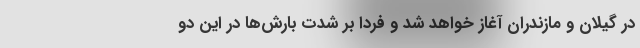
در گیلان و مازندران آغاز خواهد شد و فردا بر شدت بارش‌ها در این دو